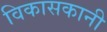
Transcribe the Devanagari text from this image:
विकासकानी